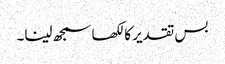
بس تقدیر کا لکھا سمجھ لینا۔